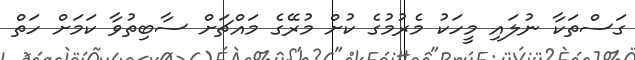
ގަސްތަކާ ނުލައި މީހަކު މެރުމުގެ ކުށް މުރޭގެ މައްޗަށް ސާބިތުވާ ކަމަށް ހަތް